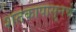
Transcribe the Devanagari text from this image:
शतकापासूनचे